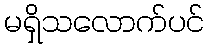
မရှိသလောက်ပင်